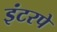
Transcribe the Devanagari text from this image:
इंटरपे